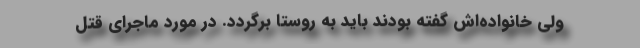
ولی خانواده‌اش گفته بودند باید به روستا برگردد. در مورد ماجرای قتل